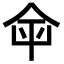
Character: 𤰒